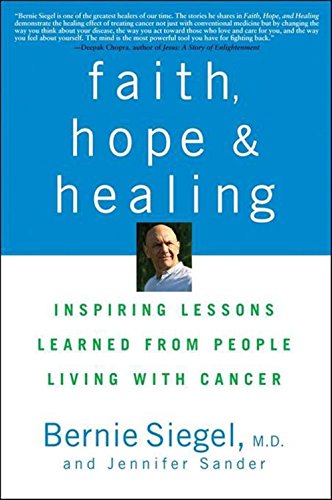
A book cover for Faith, Hope and Healing: Inspiring Lessons Learned from People Living with Cancer; Bernie Siegel; Health, Fitness & Dieting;